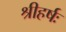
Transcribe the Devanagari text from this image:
श्रीहर्षः